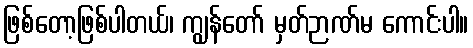
ဖြစ်တော့ဖြစ်ပါတယ်၊ ကျွန်တော် မှတ်ဉာဏ်မ ကောင်းပါ။